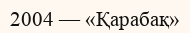
2004 — «Қарабақ»